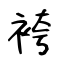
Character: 袴